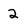
Character: 2